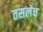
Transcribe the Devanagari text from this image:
तसलेच